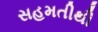
સહમતીથી